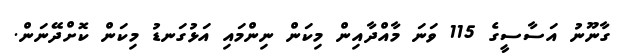
ގާނޫނު އަސާސީގެ 115 ވަނަ މާއްދާއިން މިކަން ނިންމައި އަޅުގަނޑު މިކަން ކޮށްދޭނަން.